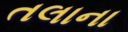
તલાના